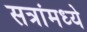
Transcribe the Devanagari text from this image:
सत्रांमध्ये